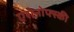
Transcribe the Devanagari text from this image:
एरोनोफ्स्की